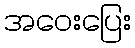
အဝေးပြေး